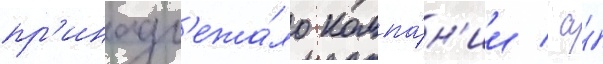
пр'инадл'ежа́ло компа́н'ии / а́